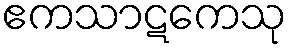
ဧကသာဋကေသု